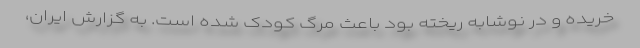
خریده و در نوشابه ریخته بود باعث مرگ کودک شده است. به گزارش ایران،